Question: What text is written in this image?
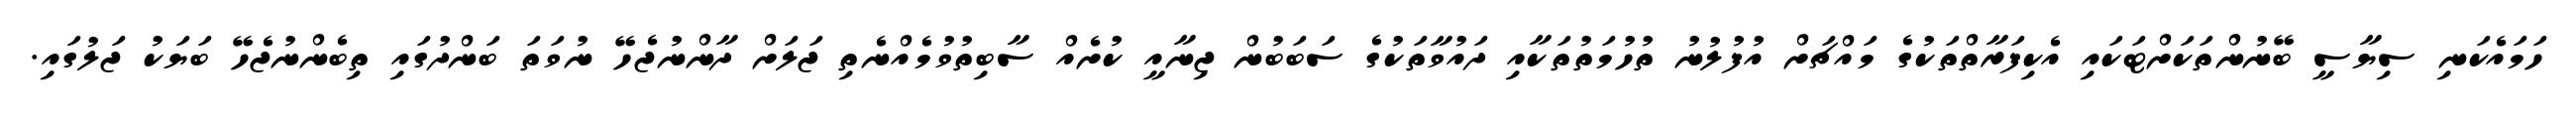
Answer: ހަމައެކަނި ސިޔާސީ ބޭނުންތަކަށްޓަކައި އެކިފަރާތްތަކުގެ މައްޗަށް އުފުލުނު ތުހުމަތުތަކާއި ދައުވާތަކުގެ ސަބަބުން ޖިނާއީ ކުށެއް ސާބިތުވުމެއްނެތި ޖަލަށް ދާންނުޖެހޭ ނުވަތަ ބަންދުގައި ތިބެންނުޖެހޭ ބަޔަކު ޖަލުގައި.